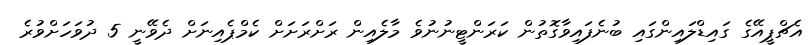
އެޗްޕީއޭގެ ގައިޑްލައިންގައި ބުނެފައިވާގޮތުން ކަރަންޓީނުނުވެ މާލެއިން ރަށްރަށަށް ކެމްޕެއިނަށް ދެވޭނީ 5 ދުވަހަށްވުރެ